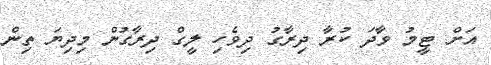
އަށް ޓީމު ވާދަ ކުރާ ދިރާގު ދިވެހި ލީގް ދިރާގުން މިދިޔަ ތިން